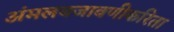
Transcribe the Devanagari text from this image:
अंमलबजावणीकरिता